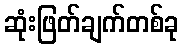
ဆုံးဖြတ်ချက်တစ်ခု